Training of Teachers. Pupil Teachers, 1906
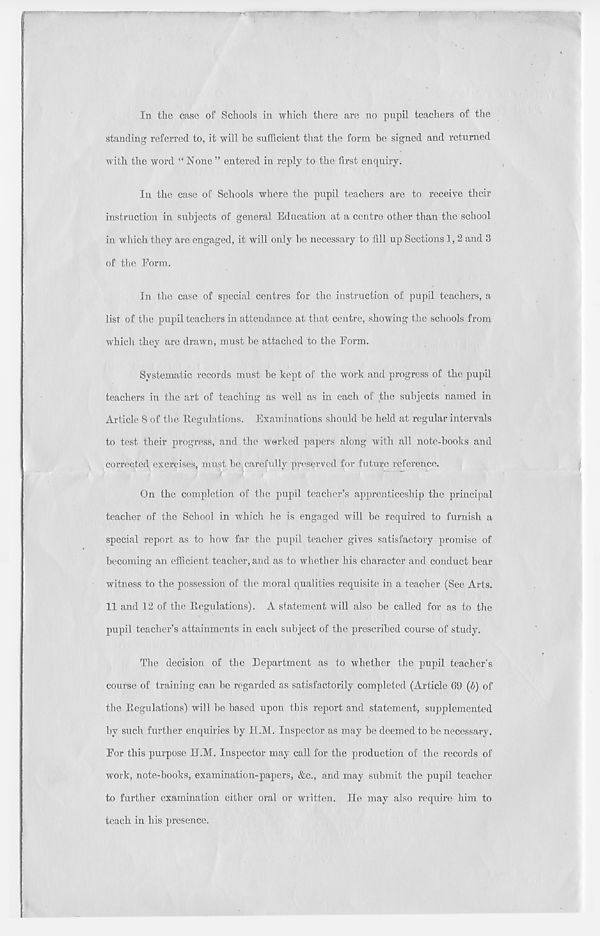
In the case of Schools in which there arc no pupil teachers of the
standing referred to, it will be sufficient that the form be signed and returned
with the word “ None ” entered in reply to the first enquiry.
In the case of Schools where the pupil teachers are to receive their
instruction in subjects of general Education at a centre other than the school
in which they are engaged, it will only he necessary to fill up Sections 1,2 and 3
of the Eorm.
In the case of special centres for the instruction of pupil teachers, a
list of the pupil teachers in attendance at that centre, showing the schools from
whicli they are drawn, must he attached to the Eorm.
Systematic records must he kept of the work and progress of the pupil
teachers in the art of teaching as well as in each of the subjects named in
Article 8 of the Regulations. Examinations should be held at regular intervals
to test their progress, and the worked papers along with all note-hooks and
corrected exercises must he carefully preserved for future reference.
On the completion of the pupil teacher’s apprenticeship the principal
teacher of the School in which he is engaged will he required to furnish a
special report as to how far the pupil teacher gives satisfactory promise of
becoming an efficient teacher, and as to whether his character and conduct bear
witness to the possession of the moral qualities requisite in a teacher (See Arts.
11 and 12 of the Regulations). A statement will also be called for as to the
pupil teacher’s attainments in each subject of the prescribed course of study.
The decision of the Department as to whether the pupil teacher's
course of training can he regarded as satisfactorily completed (Article 69 (b) of
the Regulations) will he based upon this report and statement, supplemented
by such further enquiries by II.M. Inspector as may he deemed to he necessary.
Eor this purpose H.M. Inspector may call for the production of the records of
work, note-books, examination-papers, &c., and may submit the pupil teacher
to further examination either oral or written. He may also require him to
teach in his presence.